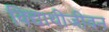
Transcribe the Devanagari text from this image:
विद्याथीजीवन